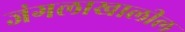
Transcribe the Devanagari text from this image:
जंगलाखालील